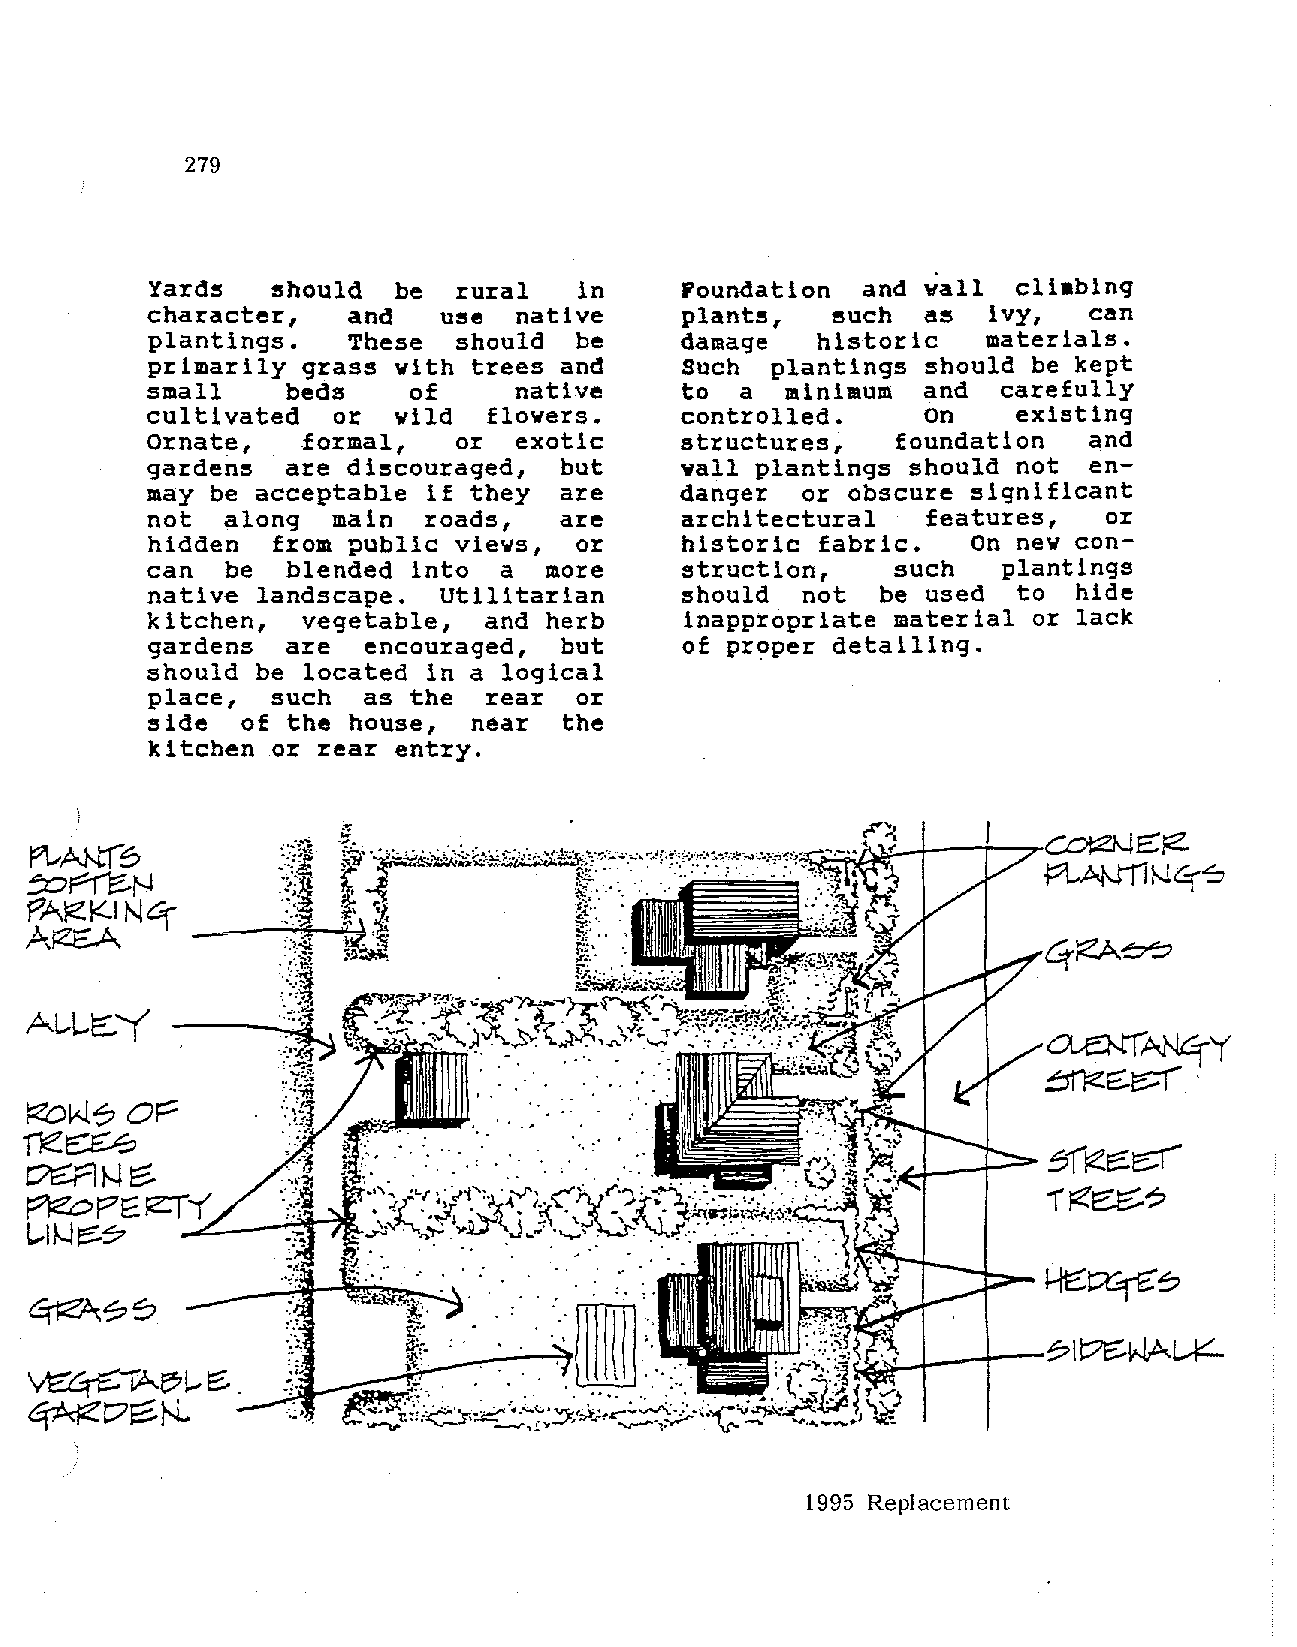
279
 should  be  rural   in     Foundation  and vall  cliabing
 Yard~
 character,   and        native               !!!Uch as ivy,   can
 u~e             plant~,
 plantings.   These  should  be     damage   historic   materials.
 primarily grass with trees and     Such  plantings should be kept
 small    beds    of     native     to  a  minimum  and  carefully
 cultivated  or  wild  flowers.     controlled.     on    existing
 Ornate,   .formal,  or  exotic     structures,   foundation   and
 gardens  are discouraged,  but     vall plantings should not  en
 may be acceptable if they  are     danger  or obscure significant
 not  along  main  roads,   are     architectural   features,   or
 hidden  from public views,  or     historic fabric.   On new con
 can  be  blended into  a  more     struction,    such   plantings
 native landscape.  Utilitarian     should  not  be used  to  hide
 kitchen,  vegetable,  and herb     inappropriate material or lack
 gardens  are  encouraged,  but     of proper detailing.
 should be located in a logical
 place,  such  as the  rear  or
 of the house,  near  the
 ~ide
 kitchen or rear entry .
 . ..
 . ' ~
 1995 Replacement